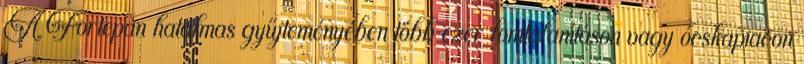
A Fortepan hatalmas gyűjteményében több ezer lomtalanításon vagy ócskapiacon